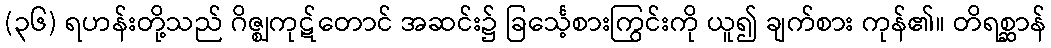
(၃၆) ရဟန်းတို့သည် ဂိဇ္ဈကုဋ်တောင် အဆင်း၌ ခြင်္သေ့စားကြွင်းကို ယူ၍ ချက်စား ကုန်၏။ တိရစ္ဆာန်